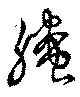
螣